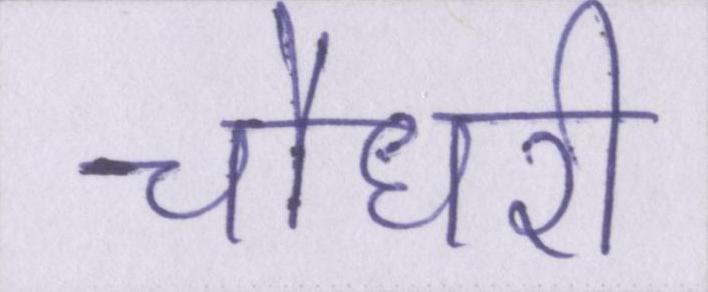
चौधरी